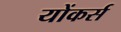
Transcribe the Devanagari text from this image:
योंकर्स